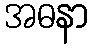
အဓနာ